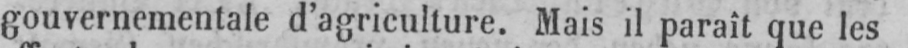
gouvernementale d’agriculture. Mais il paraît que les